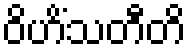
ဝိဟိံသတီတိ